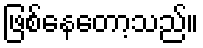
ဖြစ်နေတော့သည်။